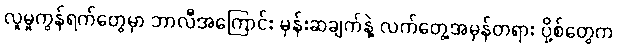
လူမှုကွန်ရက်တွေမှာ ဘာလီအကြောင်း မှန်းဆချက်နဲ့ လက်တွေ့အမှန်တရား ပို့စ်တွေက